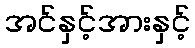
အင်နှင့်အားနှင့်